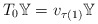
\begin{align*}T_0 \mathbb{Y}=v_{\tau(1)} \mathbb{Y}\end{align*}